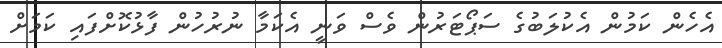
އެހެން ކަމުން އެކުލަބުގެ ސަޕޯޓަރުން ވެސް ވަނީ އެކަމާ ނުރުހުން ފާޅުކޮށްފައި ކަމަށް